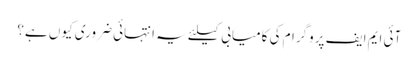
آئی ایم ایف پروگرام کی کامیابی کیلئے یہ انتہائی ضروری کیوں ہے؟